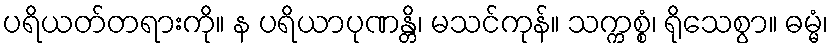
ပရိယတ်တရားကို။ န ပရိယာပုဏန္တိ၊ မသင်ကုန်။ သက္ကစ္စံ၊ ရိုသေစွာ။ ဓမ္မံ၊